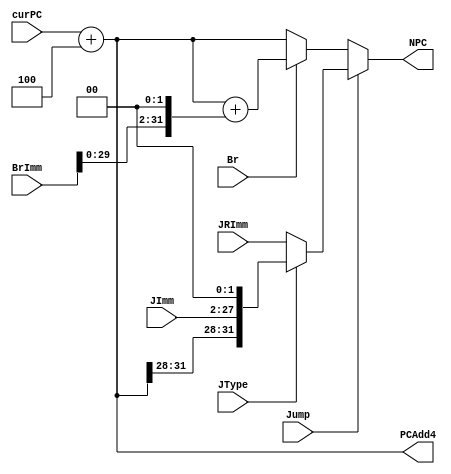
`timescale 1ns / 1ps
//////////////////////////////////////////////////////////////////////////////////
// Company: 
// Engineer: 
// 
// Design Name: 
// Module Name:    nextPC 
// Project Name: 
// Target Devices: 
// Tool versions: 
// Description: 
//
// Dependencies: 
//
// Revision: 
// Revision 0.01 - File Created
// Additional Comments: 
//
//////////////////////////////////////////////////////////////////////////////////
module nextPC(
    input [31:0] curPC,
    input [31:0] BrImm,
    input [25:0] JImm,
    input [31:0] JRImm,
    input Br,
    input Jump,
    input JType,
    output [31:0] NPC,
    output [31:0] PCAdd4
    );

	assign PCAdd4=curPC+4;
	
	wire [31:0] BrPC, JPC;
	
	assign BrPC=PCAdd4+(BrImm<<2);
	assign JPC= JType ? {PCAdd4[31:28],JImm,2'b00} : JRImm ;
	assign NPC= Jump ? JPC : (Br ? BrPC : PCAdd4);

endmodule